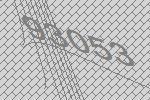
93053